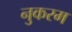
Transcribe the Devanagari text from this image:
नुकरम